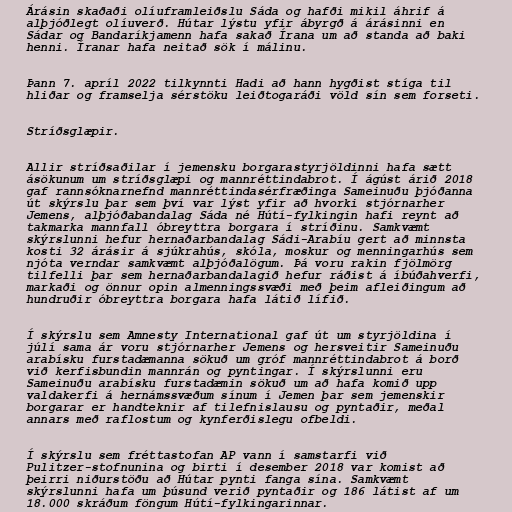
Árásin skaðaði olíuframleiðslu Sáda og hafði mikil áhrif á
alþjóðlegt olíuverð. Hútar lýstu yfir ábyrgð á árásinni en
Sádar og Bandaríkjamenn hafa sakað Írana um að standa að baki
henni. Íranar hafa neitað sök í málinu.

Þann 7. apríl 2022 tilkynnti Hadi að hann hygðist stíga til
hliðar og framselja sérstöku leiðtogaráði völd sín sem forseti.

Stríðsglæpir.

Allir stríðsaðilar í jemensku borgarastyrjöldinni hafa sætt
ásökunum um stríðsglæpi og mannréttindabrot. Í ágúst árið 2018
gaf rannsóknarnefnd mannréttindasérfræðinga Sameinuðu þjóðanna
út skýrslu þar sem því var lýst yfir að hvorki stjórnarher
Jemens, alþjóðabandalag Sáda né Hútí-fylkingin hafi reynt að
takmarka mannfall óbreyttra borgara í stríðinu. Samkvæmt
skýrslunni hefur hernaðarbandalag Sádi-Arabíu gert að minnsta
kosti 32 árásir á sjúkrahús, skóla, moskur og menningarhús sem
njóta verndar samkvæmt alþjóðalögum. Þá voru rakin fjölmörg
tilfelli þar sem hernaðarbandalagið hefur ráðist á íbúðahverfi,
markaði og önnur opin almenningssvæði með þeim afleiðingum að
hundruðir óbreyttra borgara hafa látið lífið.

Í skýrslu sem Amnesty International gaf út um styrjöldina í
júlí sama ár voru stjórnarher Jemens og hersveitir Sameinuðu
arabísku furstadæmanna sökuð um gróf mannréttindabrot á borð
við kerfisbundin mannrán og pyntingar. Í skýrslunni eru
Sameinuðu arabísku furstadæmin sökuð um að hafa komið upp
valdakerfi á hernámssvæðum sínum í Jemen þar sem jemenskir
borgarar er handteknir af tilefnislausu og pyntaðir, meðal
annars með raflostum og kynferðislegu ofbeldi.

Í skýrslu sem fréttastofan AP vann í samstarfi við
Pulitzer-stofnunina og birti í desember 2018 var komist að
þeirri niðurstöðu að Hútar pynti fanga sína. Samkvæmt
skýrslunni hafa um þúsund verið pyntaðir og 186 látist af um
18.000 skráðum föngum Hútí-fylkingarinnar.